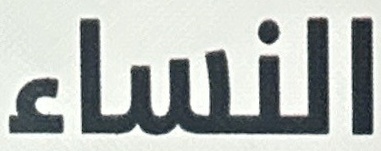
النساء